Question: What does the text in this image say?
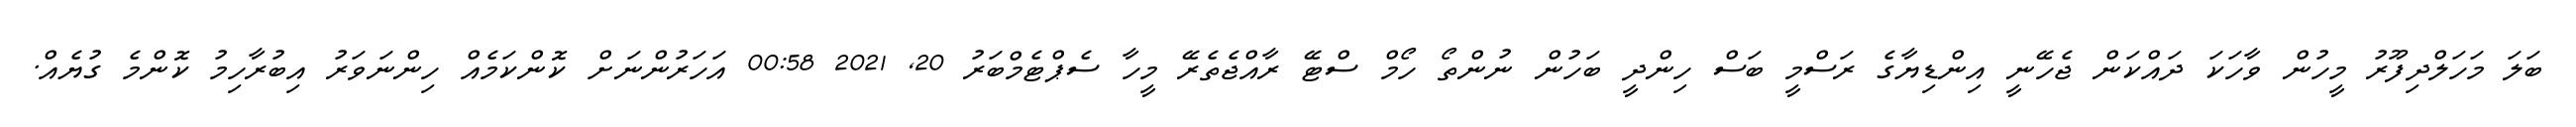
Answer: ބަލަ މަހަލްދިފޫރު މީހުން ވާހަކަ ދައްކަން ޖެހޭނީ އިންޑިޔާގެ ރަސްމީ ބަސް ހިންދީ ބަހުން ނުންތޯ ހޯމް ސްޓޭ ރާއްޖެތެރޭ މީހާ ސެޕްޓެމްބަރު 20, 2021 00:58 އަހަރުންނަށް ކޮންކަމެއް ހިންނަވަރު އިބުރާހިމު ކޮންމެ ގުޔެއް.